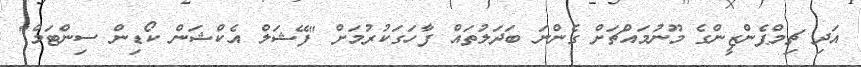
އަދި ޗިމްޕެންޒީންގެ މޫނުމައްޗަށް ގެންނަ ބަދަލުތައް ފާހަގަކުރުމަށް "ފޭޝަލް އެކްޝަން ކޯޑިން ސިންޓަމް"